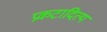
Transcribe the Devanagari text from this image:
प्रकटादित्य